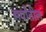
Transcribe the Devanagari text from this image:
सर्वांतील